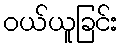
ဝယ်ယူခြင်း